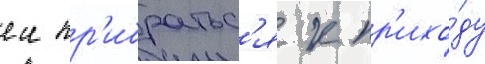
еи пр'ибратьс'я к пр'ихо́ду